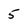
Character: 5